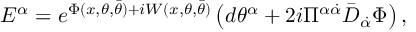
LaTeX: { E } ^ { { \alpha } } = e ^ { \Phi ( x , \theta , \bar { \theta } ) + i W ( x , \theta , \bar { \theta } ) } \left( d { \theta } ^ { \alpha } + { 2 i } \Pi ^ { \alpha \dot { \alpha } } \bar { D } _ { \dot { \alpha } } \Phi \right) ,